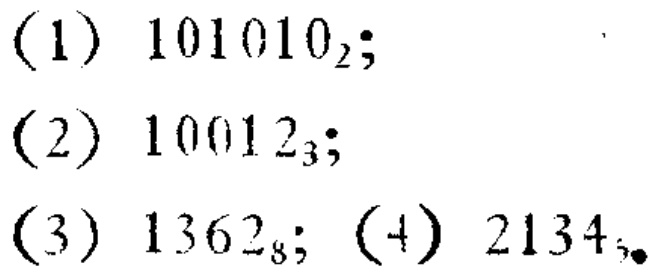
(1) \(101010_{2}\);

(2) \(10012_{3}\);

(3) \(1362_{8}\); (4) \(2134_{5}\)